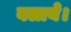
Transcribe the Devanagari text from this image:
बलाये।